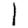
Digit: 1